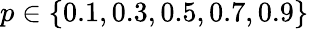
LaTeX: p\in\{ 0.1,0.3,0.5,0.7,0.9\}